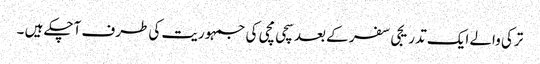
ترکی والے ایک تدریجی سفر کے بعد سچی مچی کی جمہوریت کی طرف آچکے ہیں ۔